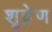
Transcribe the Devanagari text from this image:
शूद्रेण